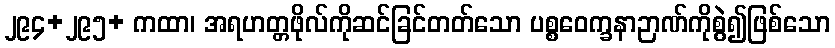
၂၉၄+၂၉၅+ ကထာ၊ အရဟတ္တဖိုလ်ကိုဆင်ခြင်တတ်သော ပစ္စဝေက္ခနာဉာဏ်ကိုစွဲ၍ဖြစ်သော